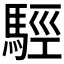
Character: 𩣪